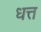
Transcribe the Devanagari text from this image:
धत्त